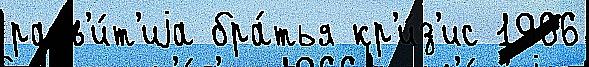
разв'и́т'иjа бра́тья кр'и́з'ис 1966